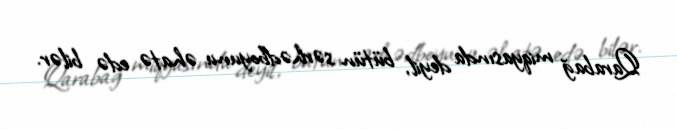
Qarabağ miqyasında deyil, bütün sərhədboyunu əhatə edə bilər.